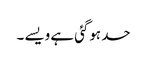
حد ہوگئی ہے ویسے ۔